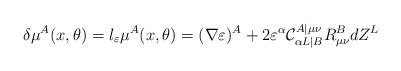
LaTeX: \begin{align*}\delta\mu^A(x,\theta)=l_{\varepsilon}\mu^A(x,\theta) = (\nabla\varepsilon)^A+ 2 \varepsilon^{\alpha}\mathcal{C}^{A|\mu\nu}_{\alpha L|B}R^B_{\mu\nu}dZ^L\end{align*}